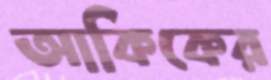
আকিকের